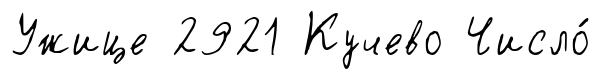
Ужице 2921 Кучево Число́